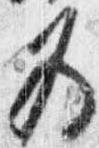
為